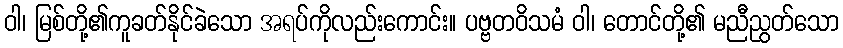
ဝါ၊ မြစ်တို့၏ကူခတ်နိုင်ခဲသော အရပ်ကိုလည်းကောင်း။ ပဗ္ဗတဝိသမံ ဝါ၊ တောင်တို့၏ မညီညွတ်သော